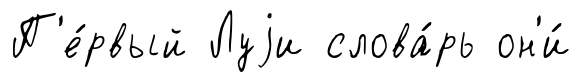
П'е́рвый Луjи слова́рь он'и́